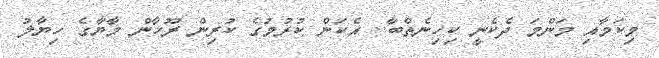
މިކަމާއި މަންމަ ދެކެނީ ކިހިނެތްބާ.. އެކަން ކުރުމުގެ ކުރިން ރޫހާން މާޔާގެ ހިޔާލު